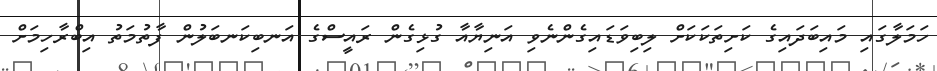
ހަމަލާގައި މައިބަދައިގެ ކަށިތަކަކަށް ލިބިވަޑައިގެންނެވި އަނިޔާއާ ގުޅިގެން ރައީސްގެ އަނބިކަނބަލުން ފާތުމަތު އިބްރާހިމަށް